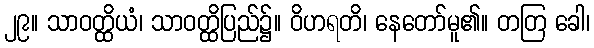
၂၉။ သာဝတ္ထိယံ၊ သာဝတ္ထိပြည်၌။ ဝိဟရတိ၊ နေတော်မူ၏။ တတြ ခေါ၊